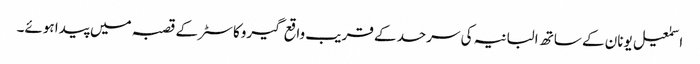
اسمٰعیل یونان کے ساتھ البانیہ کی سرحد کے قریب واقع گیروکاسٹر کے قصبہ میں پیدا ہوئے۔